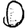
Digit: 0